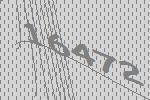
16472